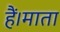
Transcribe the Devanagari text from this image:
हैं।माता